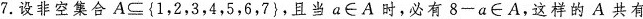
7.设非空集合$$A\subseteq\{1,2,3,4,5,6,7\}$$，且当$$a\in A$$时，必有$$8-a\in A$$,这样的A共有